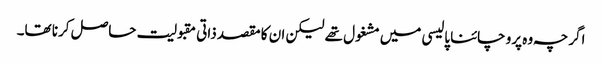
اگرچہ وہ پرو چائنا پالیسی میں مشغول تھے لیکن ان کا مقصد ذاتی مقبولیت حاصل کرنا تھا۔